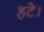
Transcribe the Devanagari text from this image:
हटे।